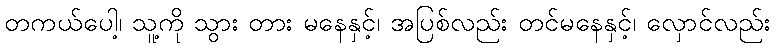
တကယ်ပေါ့၊ သူ့ကို သွား တား မနေနှင့်၊ အပြစ်လည်း တင်မနေနှင့်၊ လှောင်လည်း